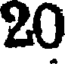
20